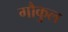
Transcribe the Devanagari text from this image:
गौकुल